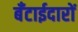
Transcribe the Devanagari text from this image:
बँटाईदारों